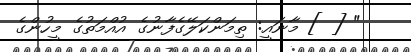
" [ ] މާނައީ: ތިމަންކަލޭގެފާނުގެ އުއްމަތުގެ މީހުންގެ